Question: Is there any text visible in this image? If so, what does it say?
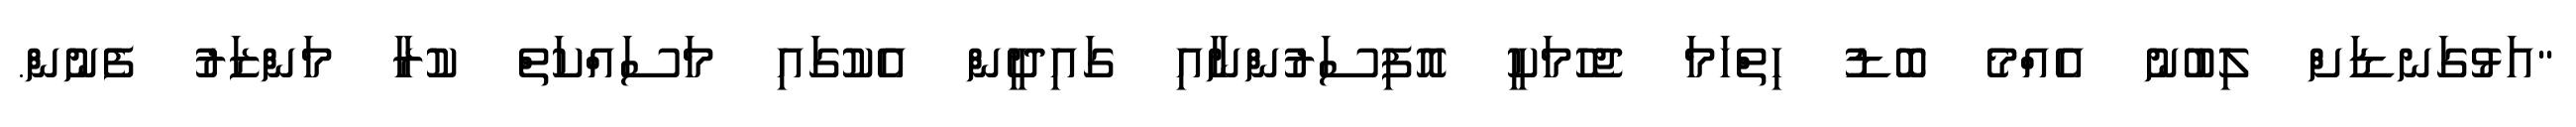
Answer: "އަޅުގަނޑަށް ލިބުނު އެއްމެ ބޮޑު ހިތްހަމަ ޖެހުމަކީ އޮފިސަރުންނާއި ގައިދީން އެކުގައި މަސައްކަތް ކުރާ މަންޒަރު ފެނުން.